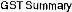
GST SUMMANY